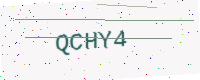
Text: QCHY4